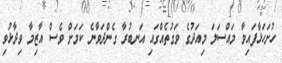
ހުށަހަޅާފައިވާ މައްސަލަ މިއަދުގެ ވަގުތެއްގައި އަނބުރާ ގެންދަވާނެ ކަމަށް ވެސް އާޒިމާ ވިދާޅުވި